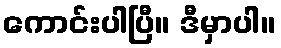
ကောင်းပါပြီ။ ဒီမှာပါ။